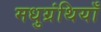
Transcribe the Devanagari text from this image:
मधुग्रंथियाँ